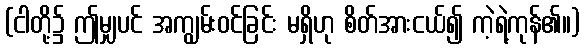
(ငါတို့၌ ဤမျှပင် အကျွမ်းဝင်ခြင်း မရှိဟု စိတ်အားငယ်၍ ကဲ့ရဲ့ကုန်၏။)